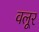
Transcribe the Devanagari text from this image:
वलूर